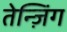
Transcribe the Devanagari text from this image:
तेन्ज़िंग